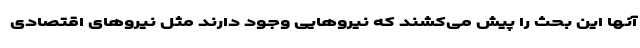
آنها این بحث را پیش می‌کشند که نیروهایی وجود دارند مثل نیروهای اقتصادی